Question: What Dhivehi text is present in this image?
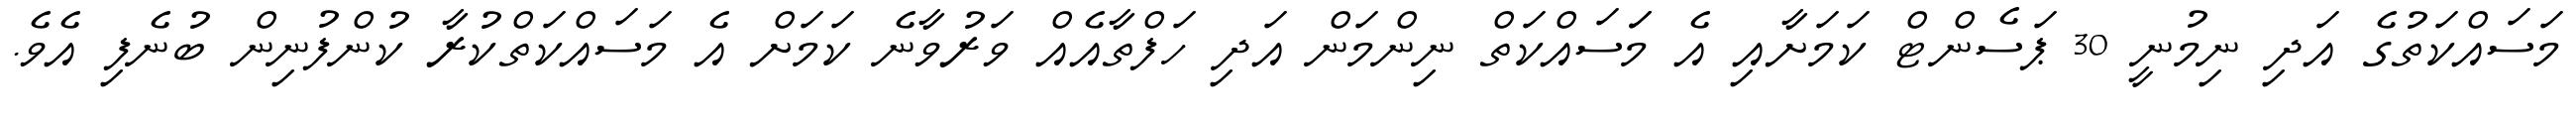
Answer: މަސައްކަތުގެ އަދި ނިމުނީ 30 ޕަސެންޓް ކަމަށާއި އެ މަަސައްކަތް ނިންމަން އަދި ހަފްތާއެއް ވަރުވާނެ ކަމަށް އެ މަސައްކަތްކުރާ ކުންފުނިން ބުނެފި އެވެ.